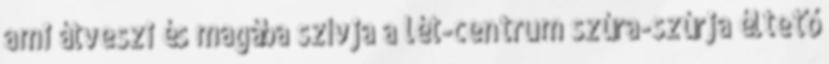
ami átveszi és magába szívja a lét-centrum szúra-szúrja éltető